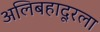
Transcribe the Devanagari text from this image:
अलिबहादूरला